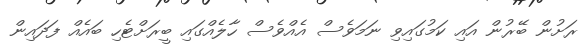
ރަށުން ބޭރުން އައި ކަމުގައިވި ނަމަވެސް އެއްވެސް ހާލެއްގައި ބީރަށްޓެހި ބައެއް ފަދައިން